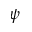
\psi